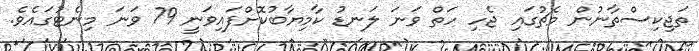
ތަޖިކިސްތާނުން މެޗުގައި ޖެހި ހަތް ވަނަ ލަނޑު ކާމިޔާބުކޮށްފައިވަނީ 79 ވަނަ މިނެޓުގައެވެ.